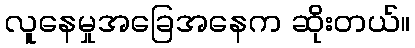
လူနေမှုအခြေအနေက ဆိုးတယ်။